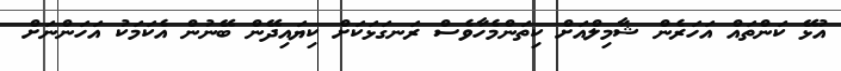
އުޅޭ ކަންތައް އަހަރެން ޝާމިލްއަށް ކިތަންމެހާވެސް ރަނގަޅަކަށް ކިޔައިދޭން ބޭނުން އެކަމަކު އަހަންނަށް